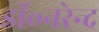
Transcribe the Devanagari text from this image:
डॉ॰नरेन्द्र